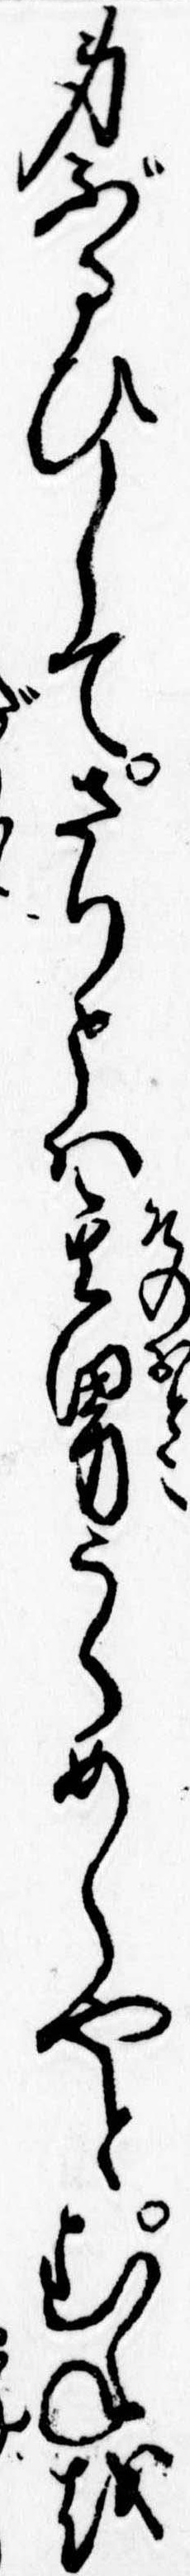
身ぶるひしてさりとは其男うらめしやとむねを